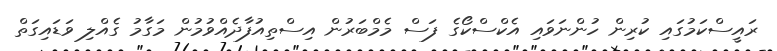
ރައީސްކަމުގައި ކުރިން ހުންނަވައި އެކްސްކޯގެ ފަސް މެމްބަރުން އިސްތިއުފާދެއްވުމުން މަގާމު ގެއްލި ވަޑައިގަތް